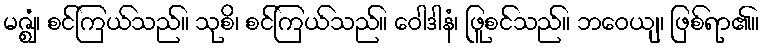
မဇ္ဈံ၊ စင်ကြယ်သည်။ သုစိ၊ စင်ကြယ်သည်။ ဝေါဒါနံ၊ ဖြူစင်သည်။ ဘဝေယျ၊ ဖြစ်ရာ၏။